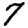
Digit: 7